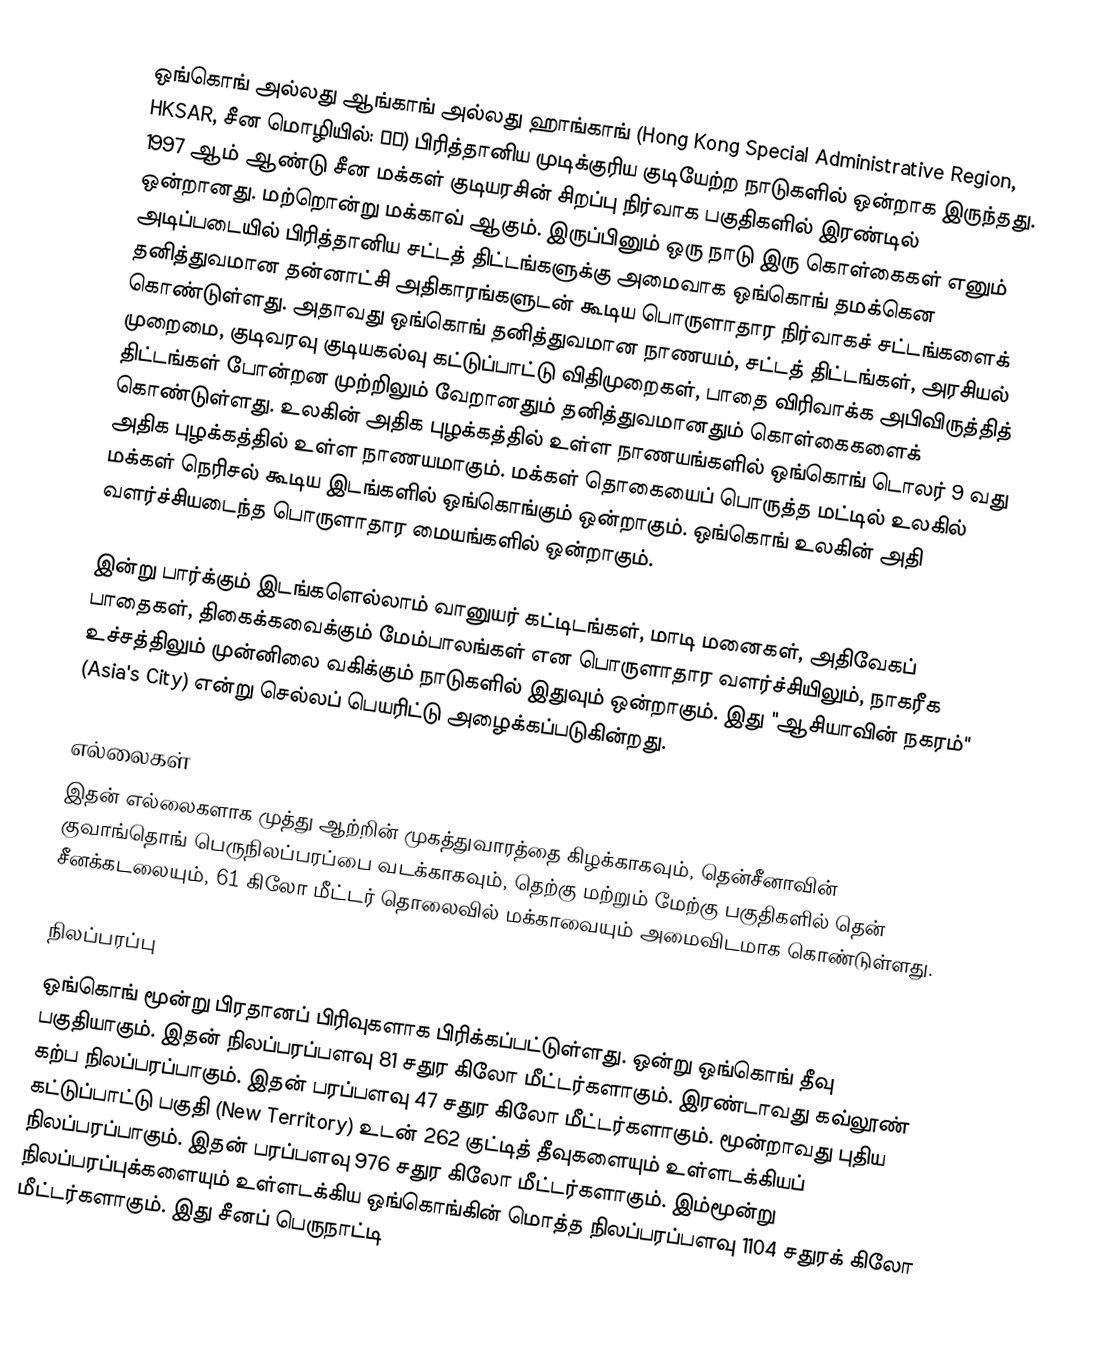
ஒங்கொங் அல்லது ஆங்காங் அல்லது ஹாங்காங் (Hong Kong Special Administrative Region, HKSAR, சீன மொழியில்: 香港) பிரித்தானிய முடிக்குரிய குடியேற்ற நாடுகளில் ஒன்றாக இருந்தது. 1997 ஆம் ஆண்டு சீன மக்கள் குடியரசின் சிறப்பு நிர்வாக பகுதிகளில்   இரண்டில் ஒன்றானது. மற்றொன்று மக்காவ் ஆகும். இருப்பினும் ஒரு நாடு இரு கொள்கைகள் எனும் அடிப்படையில் பிரித்தானிய சட்டத் திட்டங்களுக்கு அமைவாக ஒங்கொங் தமக்கென தனித்துவமான தன்னாட்சி அதிகாரங்களுடன் கூடிய பொருளாதார நிர்வாகச் சட்டங்களைக் கொண்டுள்ளது. அதாவது ஒங்கொங் தனித்துவமான நாணயம், சட்டத் திட்டங்கள், அரசியல் முறைமை, குடிவரவு குடியகல்வு கட்டுப்பாட்டு விதிமுறைகள், பாதை விரிவாக்க அபிவிருத்தித் திட்டங்கள் போன்றன முற்றிலும் வேறானதும் தனித்துவமானதும் கொள்கைகளைக் கொண்டுள்ளது. உலகின் அதிக புழக்கத்தில் உள்ள நாணயங்களில் ஒங்கொங் டொலர் 9 வது அதிக புழக்கத்தில் உள்ள நாணயமாகும். மக்கள் தொகையைப் பொருத்த மட்டில் உலகில் மக்கள் நெரிசல் கூடிய இடங்களில் ஒங்கொங்கும் ஒன்றாகும். ஒங்கொங் உலகின் அதி வளர்ச்சியடைந்த பொருளாதார மையங்களில் ஒன்றாகும்.

இன்று பார்க்கும் இடங்களெல்லாம் வானுயர் கட்டிடங்கள், மாடி மனைகள், அதிவேகப் பாதைகள், திகைக்கவைக்கும் மேம்பாலங்கள் என பொருளாதார வளர்ச்சியிலும், நாகரீக உச்சத்திலும் முன்னிலை வகிக்கும் நாடுகளில் இதுவும் ஒன்றாகும். இது "ஆசியாவின் நகரம்" (Asia's City) என்று செல்லப் பெயரிட்டு அழைக்கப்படுகின்றது.

எல்லைகள்
இதன் எல்லைகளாக முத்து ஆற்றின் முகத்துவாரத்தை கிழக்காகவும், தென்சீனாவின் குவாங்தொங் பெருநிலப்பரப்பை வடக்காகவும், தெற்கு மற்றும் மேற்கு பகுதிகளில் தென் சீனக்கடலையும், 61 கிலோ மீட்டர் தொலைவில் மக்காவையும் அமைவிடமாக கொண்டுள்ளது.

நிலப்பரப்பு
ஒங்கொங் மூன்று பிரதானப் பிரிவுகளாக பிரிக்கப்பட்டுள்ளது. ஒன்று ஒங்கொங் தீவு பகுதியாகும். இதன் நிலப்பரப்பளவு 81 சதுர கிலோ மீட்டர்களாகும். இரண்டாவது கவ்லூண் கற்ப நிலப்பரப்பாகும். இதன் பரப்பளவு 47 சதுர கிலோ மீட்டர்களாகும். மூன்றாவது புதிய கட்டுப்பாட்டு பகுதி (New Territory) உடன் 262 குட்டித் தீவுகளையும் உள்ளடக்கியப் நிலப்பரப்பாகும். இதன் பரப்பளவு 976 சதுர கிலோ மீட்டர்களாகும். இம்மூன்று நிலப்பரப்புக்களையும் உள்ளடக்கிய ஒங்கொங்கின் மொத்த நிலப்பரப்பளவு 1104 சதுரக் கிலோ மீட்டர்களாகும். இது சீனப் பெருநாட்டி